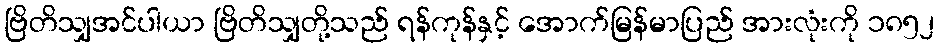
ဗြိတိသျှအင်ပါယာ ဗြိတိသျှတို့သည် ရန်ကုန်နှင့် အောက်မြန်မာပြည် အားလုံးကို ၁၈၅၂